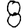
Digit: 8